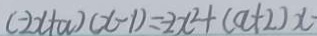
( - 2 x + a ) ( x - 1 ) = - 2 x ^ { 2 } + ( a + 2 ) x -